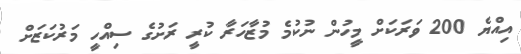
އިއްޔެ 200 ވަރަކަށް މީހުން ނުކުމެ މުޒާހަރާ ކުރީ ރަށުގެ ސިއްހީ މަރުކަޒަށް